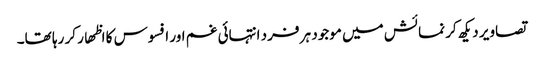
تصاویر دیکھ کر نمائش میں موجود ہر فرد انتہائی غم اور افسوس کا اظھار کر رہا تھا۔